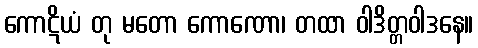
ကောဋိယံ တု မတော ကောဏော၊ တထာ ဝါဒိတ္တဝါဒနေ။